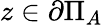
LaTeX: z\in\partial\Pi_{A}